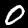
Digit: 0